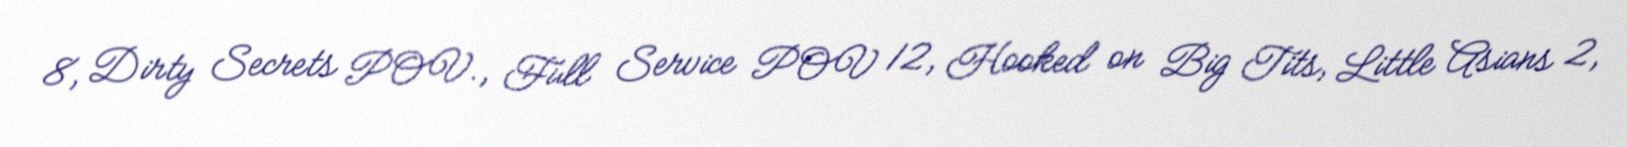
8, Dirty Secrets POV., Full Service POV 12, Hooked on Big Tits, Little Asians 2,